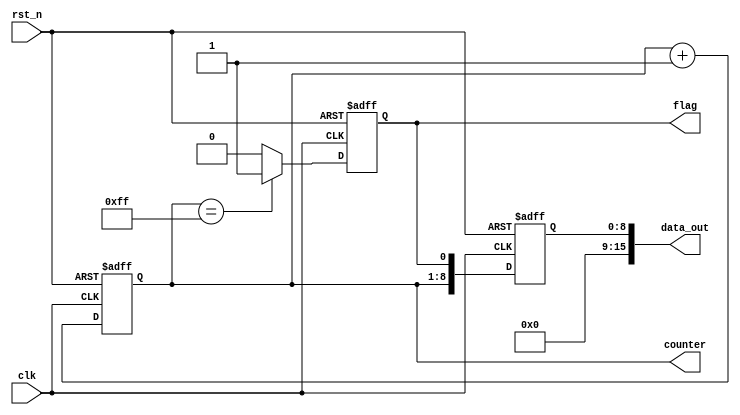
module default_state_initialization (
    input wire clk,               // Clock signal
    input wire rst_n,             // Active low reset signal
    output reg [7:0] counter,     // 8-bit counter
    output reg flag,              // Flag signal
    output reg [15:0] data_out    // 16-bit output data
);

    // Default state initialization
    initial begin
        counter = 8'b0;           // Initialize counter to 0
        flag = 1'b0;              // Initialize flag to low
        data_out = 16'b0;         // Initialize data output to 0
    end

    // Synchronous reset logic
    always @(posedge clk or negedge rst_n) begin
        if (!rst_n) begin
            // Reset all state variables to default values
            counter <= 8'b0;       // Reset counter to 0
            flag <= 1'b0;          // Reset flag to low
            data_out <= 16'b0;     // Reset data output to 0
        end else begin
            // Normal operation (example behavior)
            counter <= counter + 1; // Increment counter
            flag <= (counter == 8'b11111111) ? 1'b1 : 1'b0; // Set flag when counter reaches max
            data_out <= {counter, flag}; // Combine counter and flag into data_out
        end
    end

endmodule